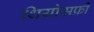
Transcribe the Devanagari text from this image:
थियोसफ़ी